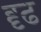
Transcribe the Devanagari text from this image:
द्दृढ